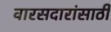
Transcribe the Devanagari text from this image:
वारसदारांसाठी